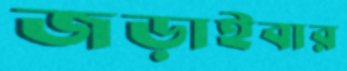
জড়াইবার